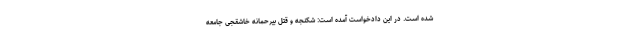
شده است. در این دادخواست آمده است: شکنجه و قتل بیرحمانه خاشقجی جامعه